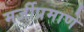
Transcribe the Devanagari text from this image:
मर्जीप्रमाणे